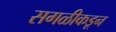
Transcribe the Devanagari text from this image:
सगळीकडून